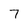
Character: 7